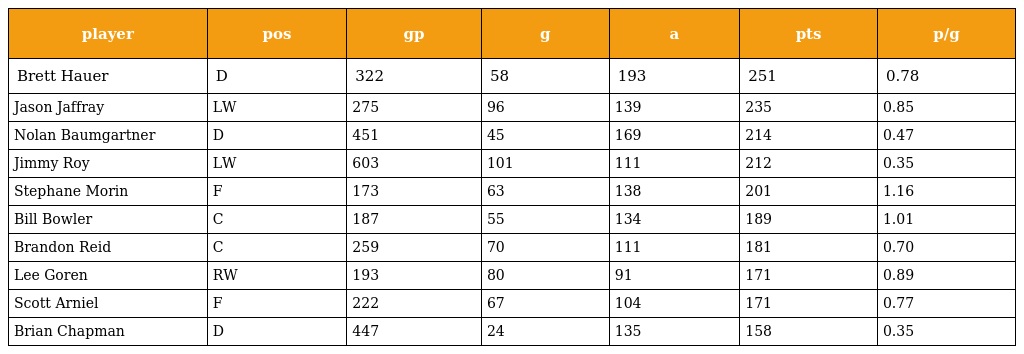
| player | pos | gp | g | a | pts | p/g |
 | --- | --- | --- | --- | --- | --- | --- |
 | Brett Hauer | D | 322 | 58 | 193 | 251 | 0.78 |
 | Jason Jaffray | LW | 275 | 96 | 139 | 235 | 0.85 |
 | Nolan Baumgartner | D | 451 | 45 | 169 | 214 | 0.47 |
 | Jimmy Roy | LW | 603 | 101 | 111 | 212 | 0.35 |
 | Stephane Morin | F | 173 | 63 | 138 | 201 | 1.16 |
 | Bill Bowler | C | 187 | 55 | 134 | 189 | 1.01 |
 | Brandon Reid | C | 259 | 70 | 111 | 181 | 0.70 |
 | Lee Goren | RW | 193 | 80 | 91 | 171 | 0.89 |
 | Scott Arniel | F | 222 | 67 | 104 | 171 | 0.77 |
 | Brian Chapman | D | 447 | 24 | 135 | 158 | 0.35 |